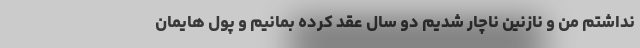
نداشتم من و نازنین ناچار شدیم دو سال عقد کرده بمانیم و پول هایمان